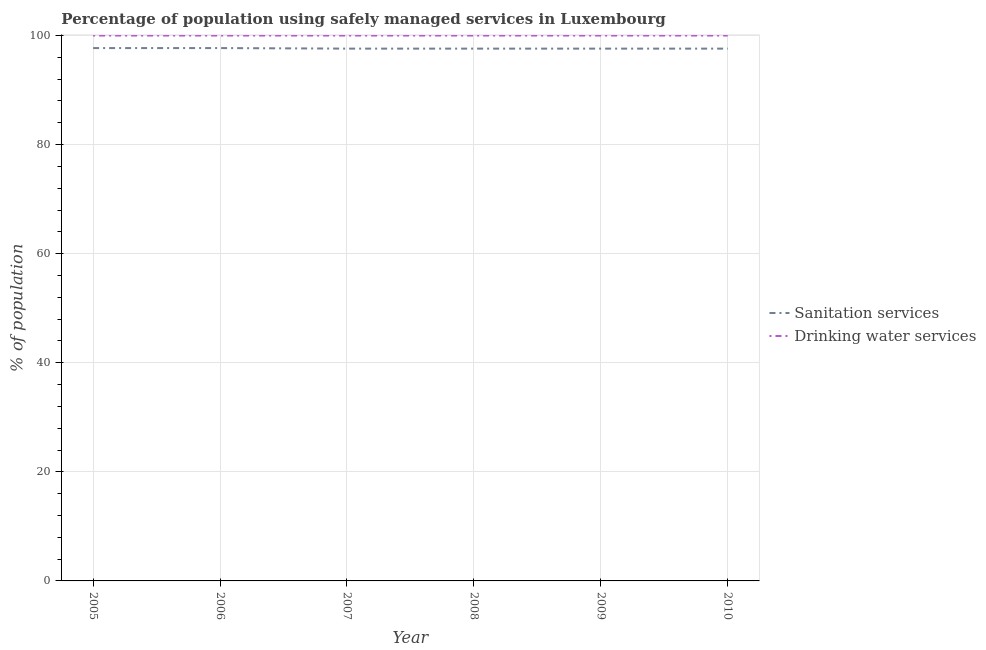
| Year | Sanitation services | Drinking water services |
 | --- | --- | --- |
 | 2005 | 97.7 | 100 |
 | 2006 | 97.7 | 100 |
 | 2007 | 97.6 | 100 |
 | 2008 | 97.6 | 100 |
 | 2009 | 97.6 | 100 |
 | 2010 | 97.6 | 100 |